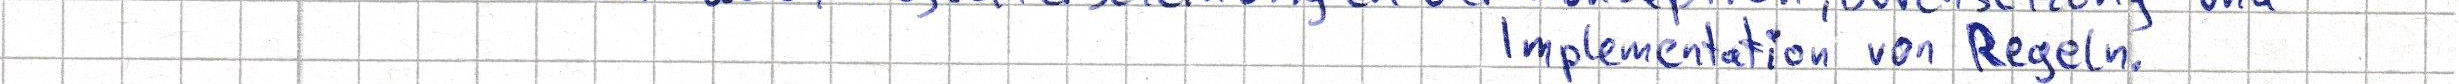
Implementation von Regeln.